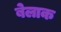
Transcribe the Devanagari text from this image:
बेलाक